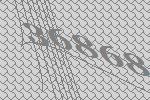
36868